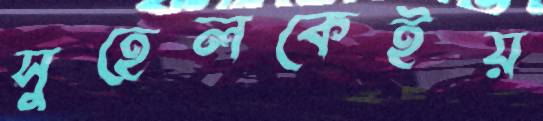
সুহেলকেইয়